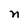
Character: n